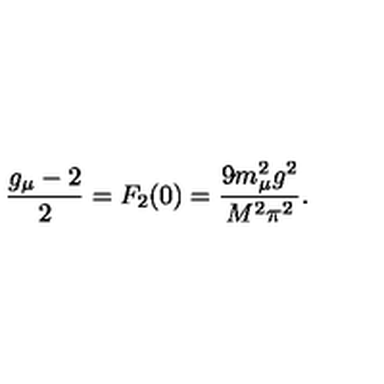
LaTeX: \frac { g _ { \mu } - 2 } { 2 } = F _ { 2 } ( 0 ) = \frac { 9 m _ { \mu } ^ { 2 } g ^ { 2 } } { M ^ { 2 } \pi ^ { 2 } } .